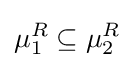
\mu _{1}^{R}\subseteq \mu _{2}^{R}